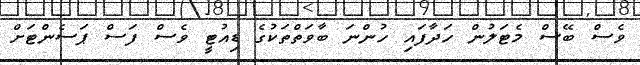
ވެސް ބޭސް މެޓަލުން ހަދާފައި ހުންނަ ބާވަތްތަކުގެ ޑިއުޓީ ވެސް ފަސް ޕަސެންޓަށް